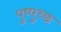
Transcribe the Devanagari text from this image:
पुष्पुच्छ